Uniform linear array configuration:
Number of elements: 48
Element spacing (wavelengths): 0.25
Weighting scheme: cosine
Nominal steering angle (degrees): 30
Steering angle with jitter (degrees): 31.081
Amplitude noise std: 0.05
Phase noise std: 0.05

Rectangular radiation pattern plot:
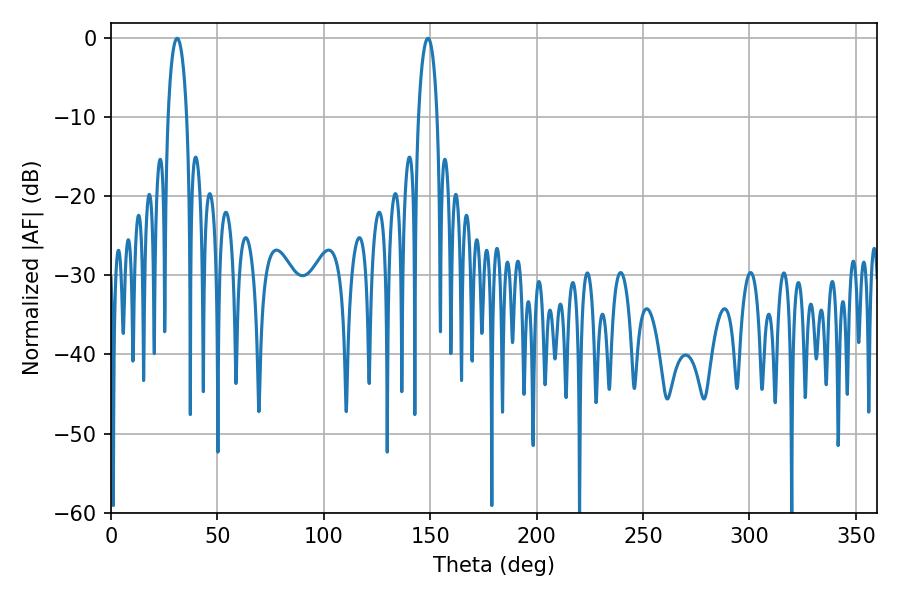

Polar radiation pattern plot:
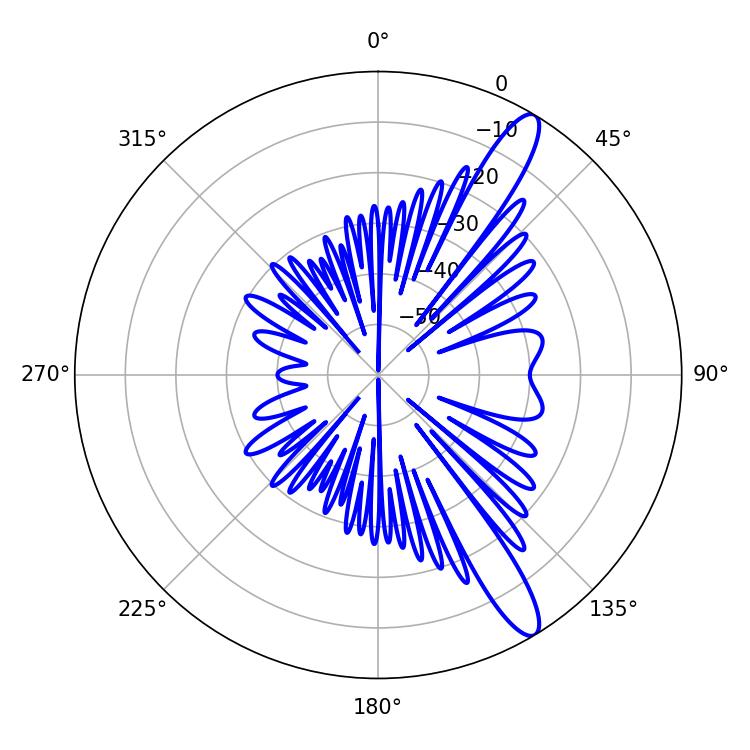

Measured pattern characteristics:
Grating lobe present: FALSE
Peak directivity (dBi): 12.939
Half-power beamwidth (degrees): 5.04
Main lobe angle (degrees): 31.14